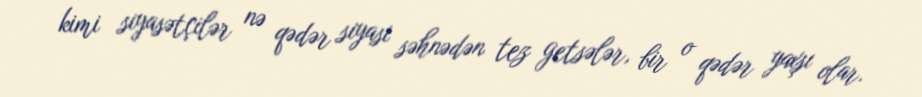
kimi siyasətçilər nə qədər siyasi səhnədən tez getsələr, bir o qədər yaxşı olar.